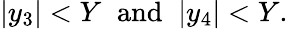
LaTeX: |y_{3}|<Y\; \; \mathrm{and}\; \; |y_{4}|<Y.